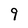
Character: 9